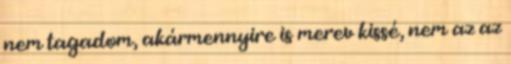
nem tagadom, akármennyire is merev kissé, nem az az